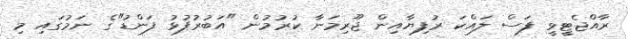
ރާއްޖެޓީވީ ފަސް ލައްކަ ރުފިޔާއިން ޖޫރިމަނާ ކުރުމުން "އަބުރުފުޅު ފަންޑު"ގެ ނަމުގައި މި